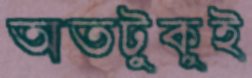
অতটুকুই